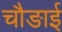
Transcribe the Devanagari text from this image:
चौङाई